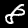
Digit: 8